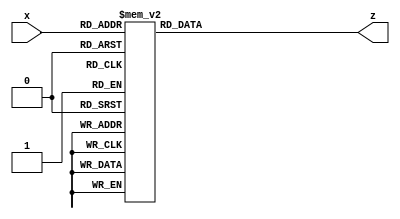
module hexto7segment(
    input  [3:0]x,
    output reg [6:0]z
    );
always @*
    case (x)
        4'b0000 :      	//Hexadecimal 0
            z = 7'b1000000;
        4'b0001 :    		//Hexadecimal 1
            z = 7'b1111001  ;
        4'b0010 :  		// Hexadecimal 2
            z = 7'b0100100 ; 
        4'b0011 : 		// Hexadecimal 3
            z = 7'b0110000 ;
        4'b0100 :		// Hexadecimal 4
            z = 7'b0011001 ;
        4'b0101 :		// Hexadecimal 5
            z = 7'b0010010 ;  
        4'b0110 :		// Hexadecimal 6
            z = 7'b0100000 ;
        4'b0111 :		// Hexadecimal 7
            z = 7'b1111000;
        4'b1000 :     		 //Hexadecimal 8
            z = 7'b1111111;
        4'b1001 :    		//Hexadecimal 9
            z = 7'b0010000 ;
        4'b1010 :  		// Hexadecimal A
            z = 7'b0001000 ; 
        4'b1011 : 		// Hexadecimal B
            z = 7'b0000011;
        4'b1100 :		// Hexadecimal C
            z = 7'b0100111 ;
        4'b1101 :		// Hexadecimal D
            z = 7'b0100001 ;
        4'b1110 :		// Hexadecimal E
            z = 7'b0000110 ;
        4'b1111 :		// Hexadecimal F
            z = 7'b0001110 ;
    endcase
 
endmodule